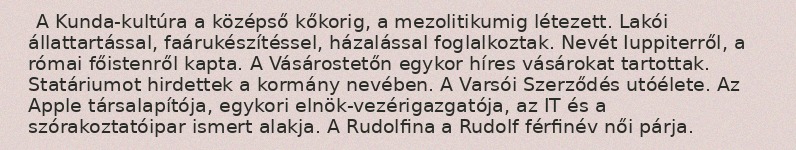
A Kunda-kultúra a középső kőkorig, a mezolitikumig létezett. Lakói állattartással, faárukészítéssel, házalással foglalkoztak. Nevét Iuppiterről, a római főistenről kapta. A Vásárostetőn egykor híres vásárokat tartottak. Statáriumot hirdettek a kormány nevében. A Varsói Szerződés utóélete. Az Apple társalapítója, egykori elnök-vezérigazgatója, az IT és a szórakoztatóipar ismert alakja. A Rudolfina a Rudolf férfinév női párja.